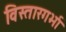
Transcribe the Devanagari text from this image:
विस्तारगर्भा